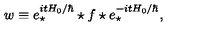
w \equiv e _ { \star } ^ { i t H _ { 0 } / \hbar } \star f \star e _ { \star } ^ { - i t H _ { 0 } / \hbar } ,